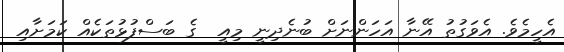
އެހީމެވެ. އެވަގުތު އޭނާ އަހަންނަށް ބުނެދިނީ މިއީ  ގެ ބަސްފުޅުތަކެއް ކަމަށާއި